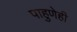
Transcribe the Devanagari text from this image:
पाहुणेही